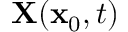
\mathbf { X } ( \mathbf { x } _ { 0 } , t )